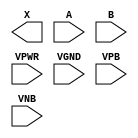
module sky130_fd_sc_ls__or2 (
    X   ,
    A   ,
    B   ,
    VPWR,
    VGND,
    VPB ,
    VNB
);

    output X   ;
    input  A   ;
    input  B   ;
    input  VPWR;
    input  VGND;
    input  VPB ;
    input  VNB ;
endmodule